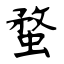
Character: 蝥